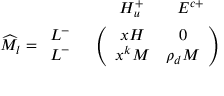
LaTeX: \begin{array} { r l } { { \vphantom { \bigg ( } } } & { { \begin{array} { c c c } { { \quad H _ { u } ^ { + } } } & { { \quad E ^ { c + } } } & { { } } \end{array} } } \\ { { \widehat { M } _ { l } = \begin{array} { l } { { L ^ { - } } } \\ { { L ^ { - } } } \end{array} } } & { { \left( \begin{array} { c c } { { x H } } & { { 0 } } \\ { { x ^ { k } M } } & { { \rho _ { d } M } } \end{array} \right) } } \end{array}